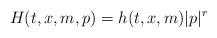
LaTeX: \begin{align*} H(t,x,m,p) = h(t,x,m)|p|^r\end{align*}